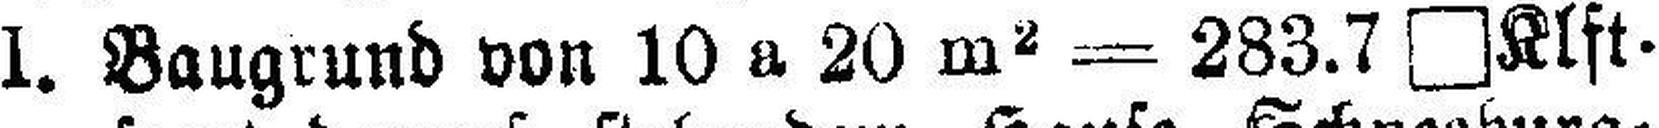
I. Baugrund von 10 a 20 m2 = 283.7 □Klft¬